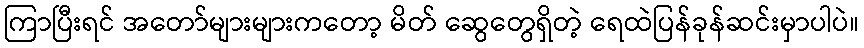
ကြာပြီးရင် အတော်များများကတော့ မိတ် ဆွေတွေရှိတဲ့ ရေထဲပြန်ခုန်ဆင်းမှာပါပဲ။